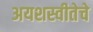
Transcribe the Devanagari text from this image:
अयशस्वीतेचे